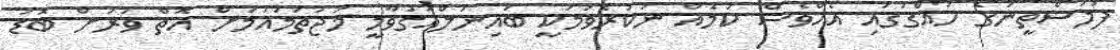
ފަލަސްތީނުގެ ހައްގުގައި އެއްވެސް ކަމެއް ނުކުރެވުމަކީ ބައިނަލްއަގުވާމީ މުޖުތަމައުމަށް އޮތް ވަރަށް ބޮޑު